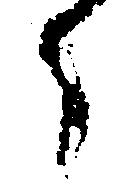
々